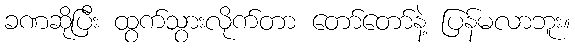
ခဏဆိုပြီး ထွက်သွားလိုက်တာ တော်တော်နဲ့ ပြန်မလာဘူး။